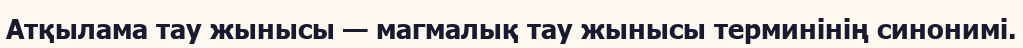
Атқылама тау жынысы — магмалық тау жынысы терминінің синонимі.